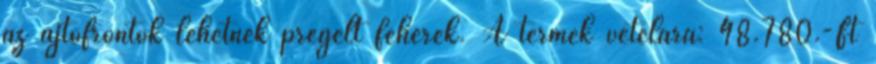
az ajtófrontok lehetnek prégelt fehérek. A termék vételára: 48.780.-Ft